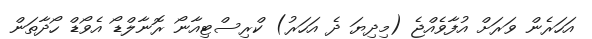
އަހަރެން ވަރަށް އުފާވެއްޖެ (މިދިޔަ ދެ އަހަރު) ކްރިސްޓިއާނޯ ރޮނާލްޑޯ އެވޯޑް ހޯދާތަން